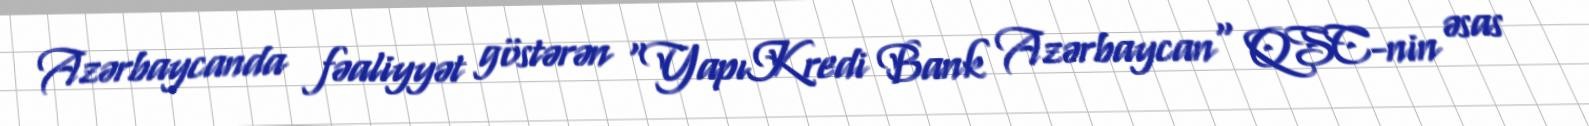
Azərbaycanda fəaliyyət göstərən "YapıKredi Bank Azərbaycan" QSC-nin əsas